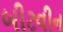
બીટવીન